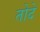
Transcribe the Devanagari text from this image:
तोदे